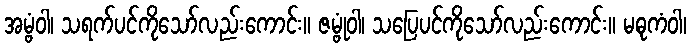
အမ္ဗံဝါ၊ သရက်ပင်ကိုသော်လည်းကောင်း။ ဇမ္ဗုံဝါ၊ သပြေပင်ကိုသော်လည်းကောင်း။ မဓုကံဝါ၊